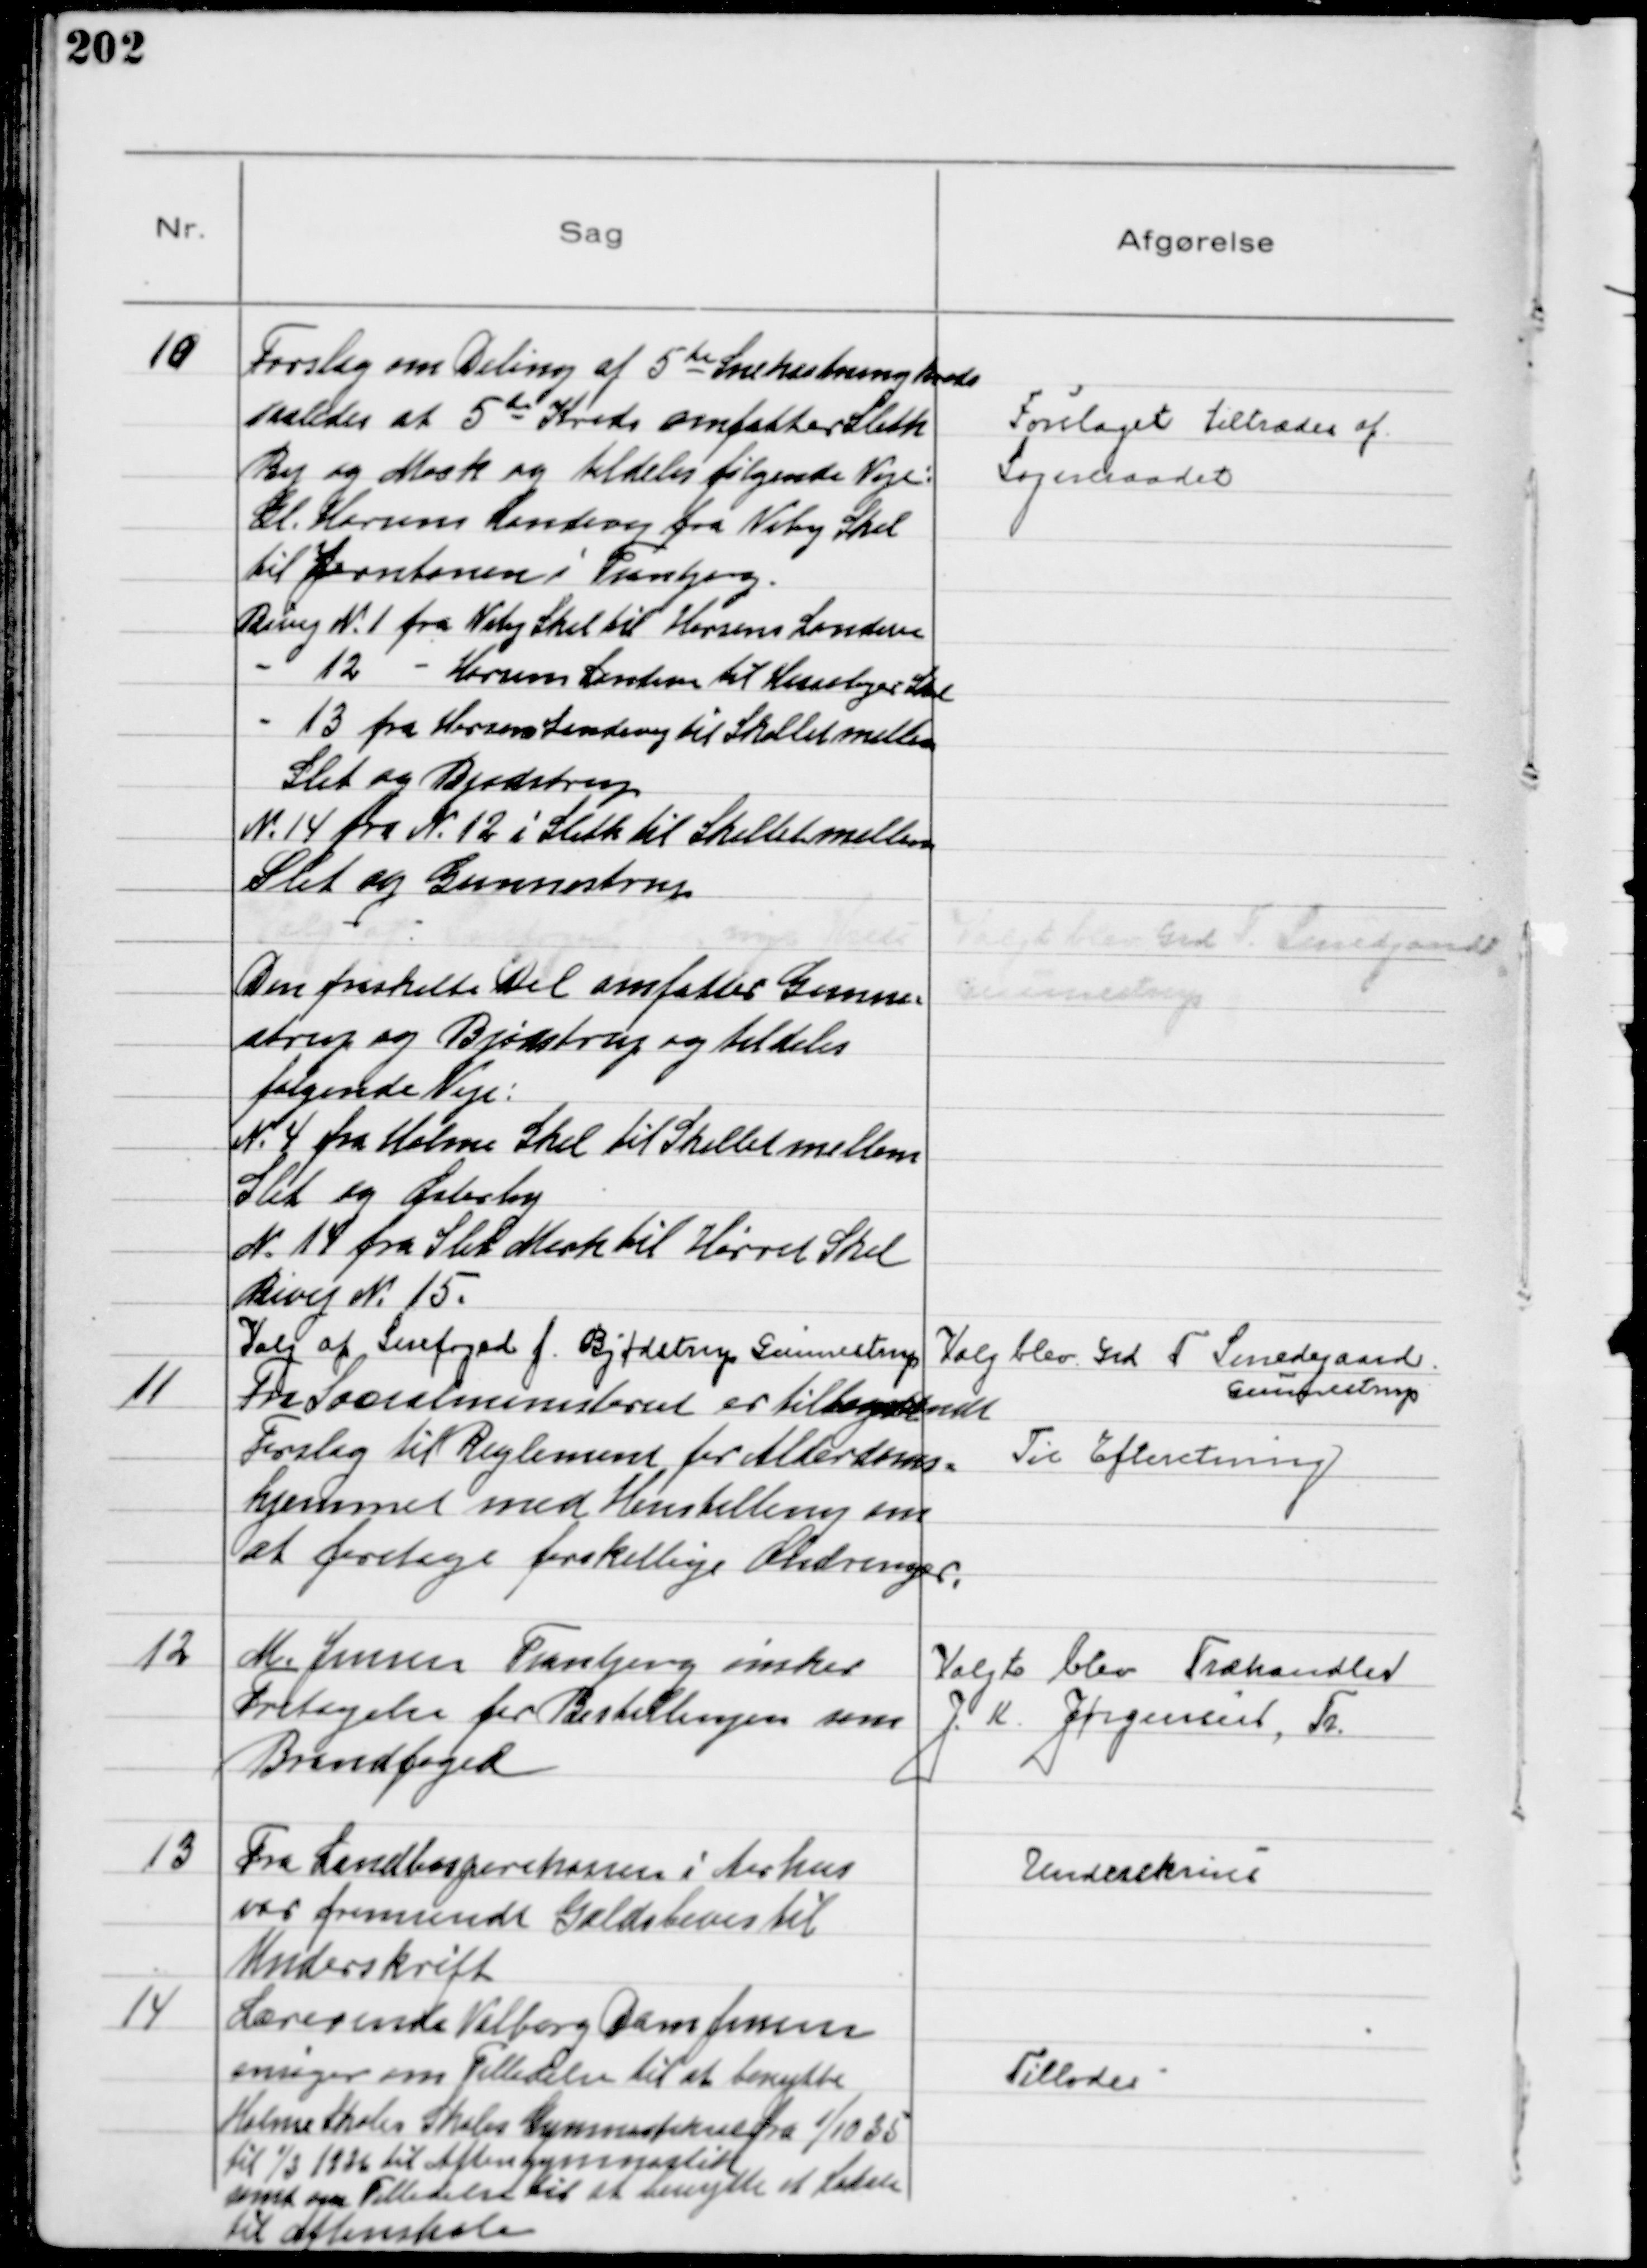
Transskription:
10
Forslag om Deling af 5te Snekastningskreds
saaledes at 5te Kreds omfatter Sleth
By og Mark og tildeles følgende Veje:
Gl. Horsens Landevej fra Viby Skel
til Jernbanen i Tranbjerg.
Bivej N 1 fra Viby Skel til Horsens Landevej
12
Horsens Landevej til Hasselager Skel
13 fra Horsens Landevej til Skellet mellem
Slet og Bjødstrup
N. 14 fra N. 12 i Sleth til Skellet mellem
Slet og Gunnestrup
Den fraskilte Del omfatter Gunne-
strup og Bjødstrup og tildeles
følgende Veje:
N 4 fra Holme Skel til Skellet mellem
Slet og Østerby
N 14 fra Slet Mark til Hørret Skel
Bivej N. 15.

Forslaget tiltrædes af
Sogneraadet

Valg af Snefoged f. Bjødstrup Gunnestrup

Valgt blev Grd T Smedegaard.
Gunnestrup

11
Fra Socialministeriet er tilbagesendt
Forslag til Reglement for Alderdoms=
hjemmet med Henstilling om
at foretage forskellige Ændringer.

Til Efteretning

12
M. Jensen Tranbjerg ønsker
Fritagelse for Bestillingen som
Brandfoged

Valgt blev Træhandler
J. K. Jørgensen, Tr

13
Fra Landbosparekassen i Aarhus
ver fremsendt Gældsbevis til
Underskrift

Underskrives

14
Lærerinde Valborg Dam Jensen
ansøger om Tilladelse til at benytte
Holme Skoles Skoles Gymnastiksal fra 1/10 35
til 1/3 1936 til Aftengymnastik
samt om Tilladelse til at benytte et Lokale
til Aftenskole

Tillodes